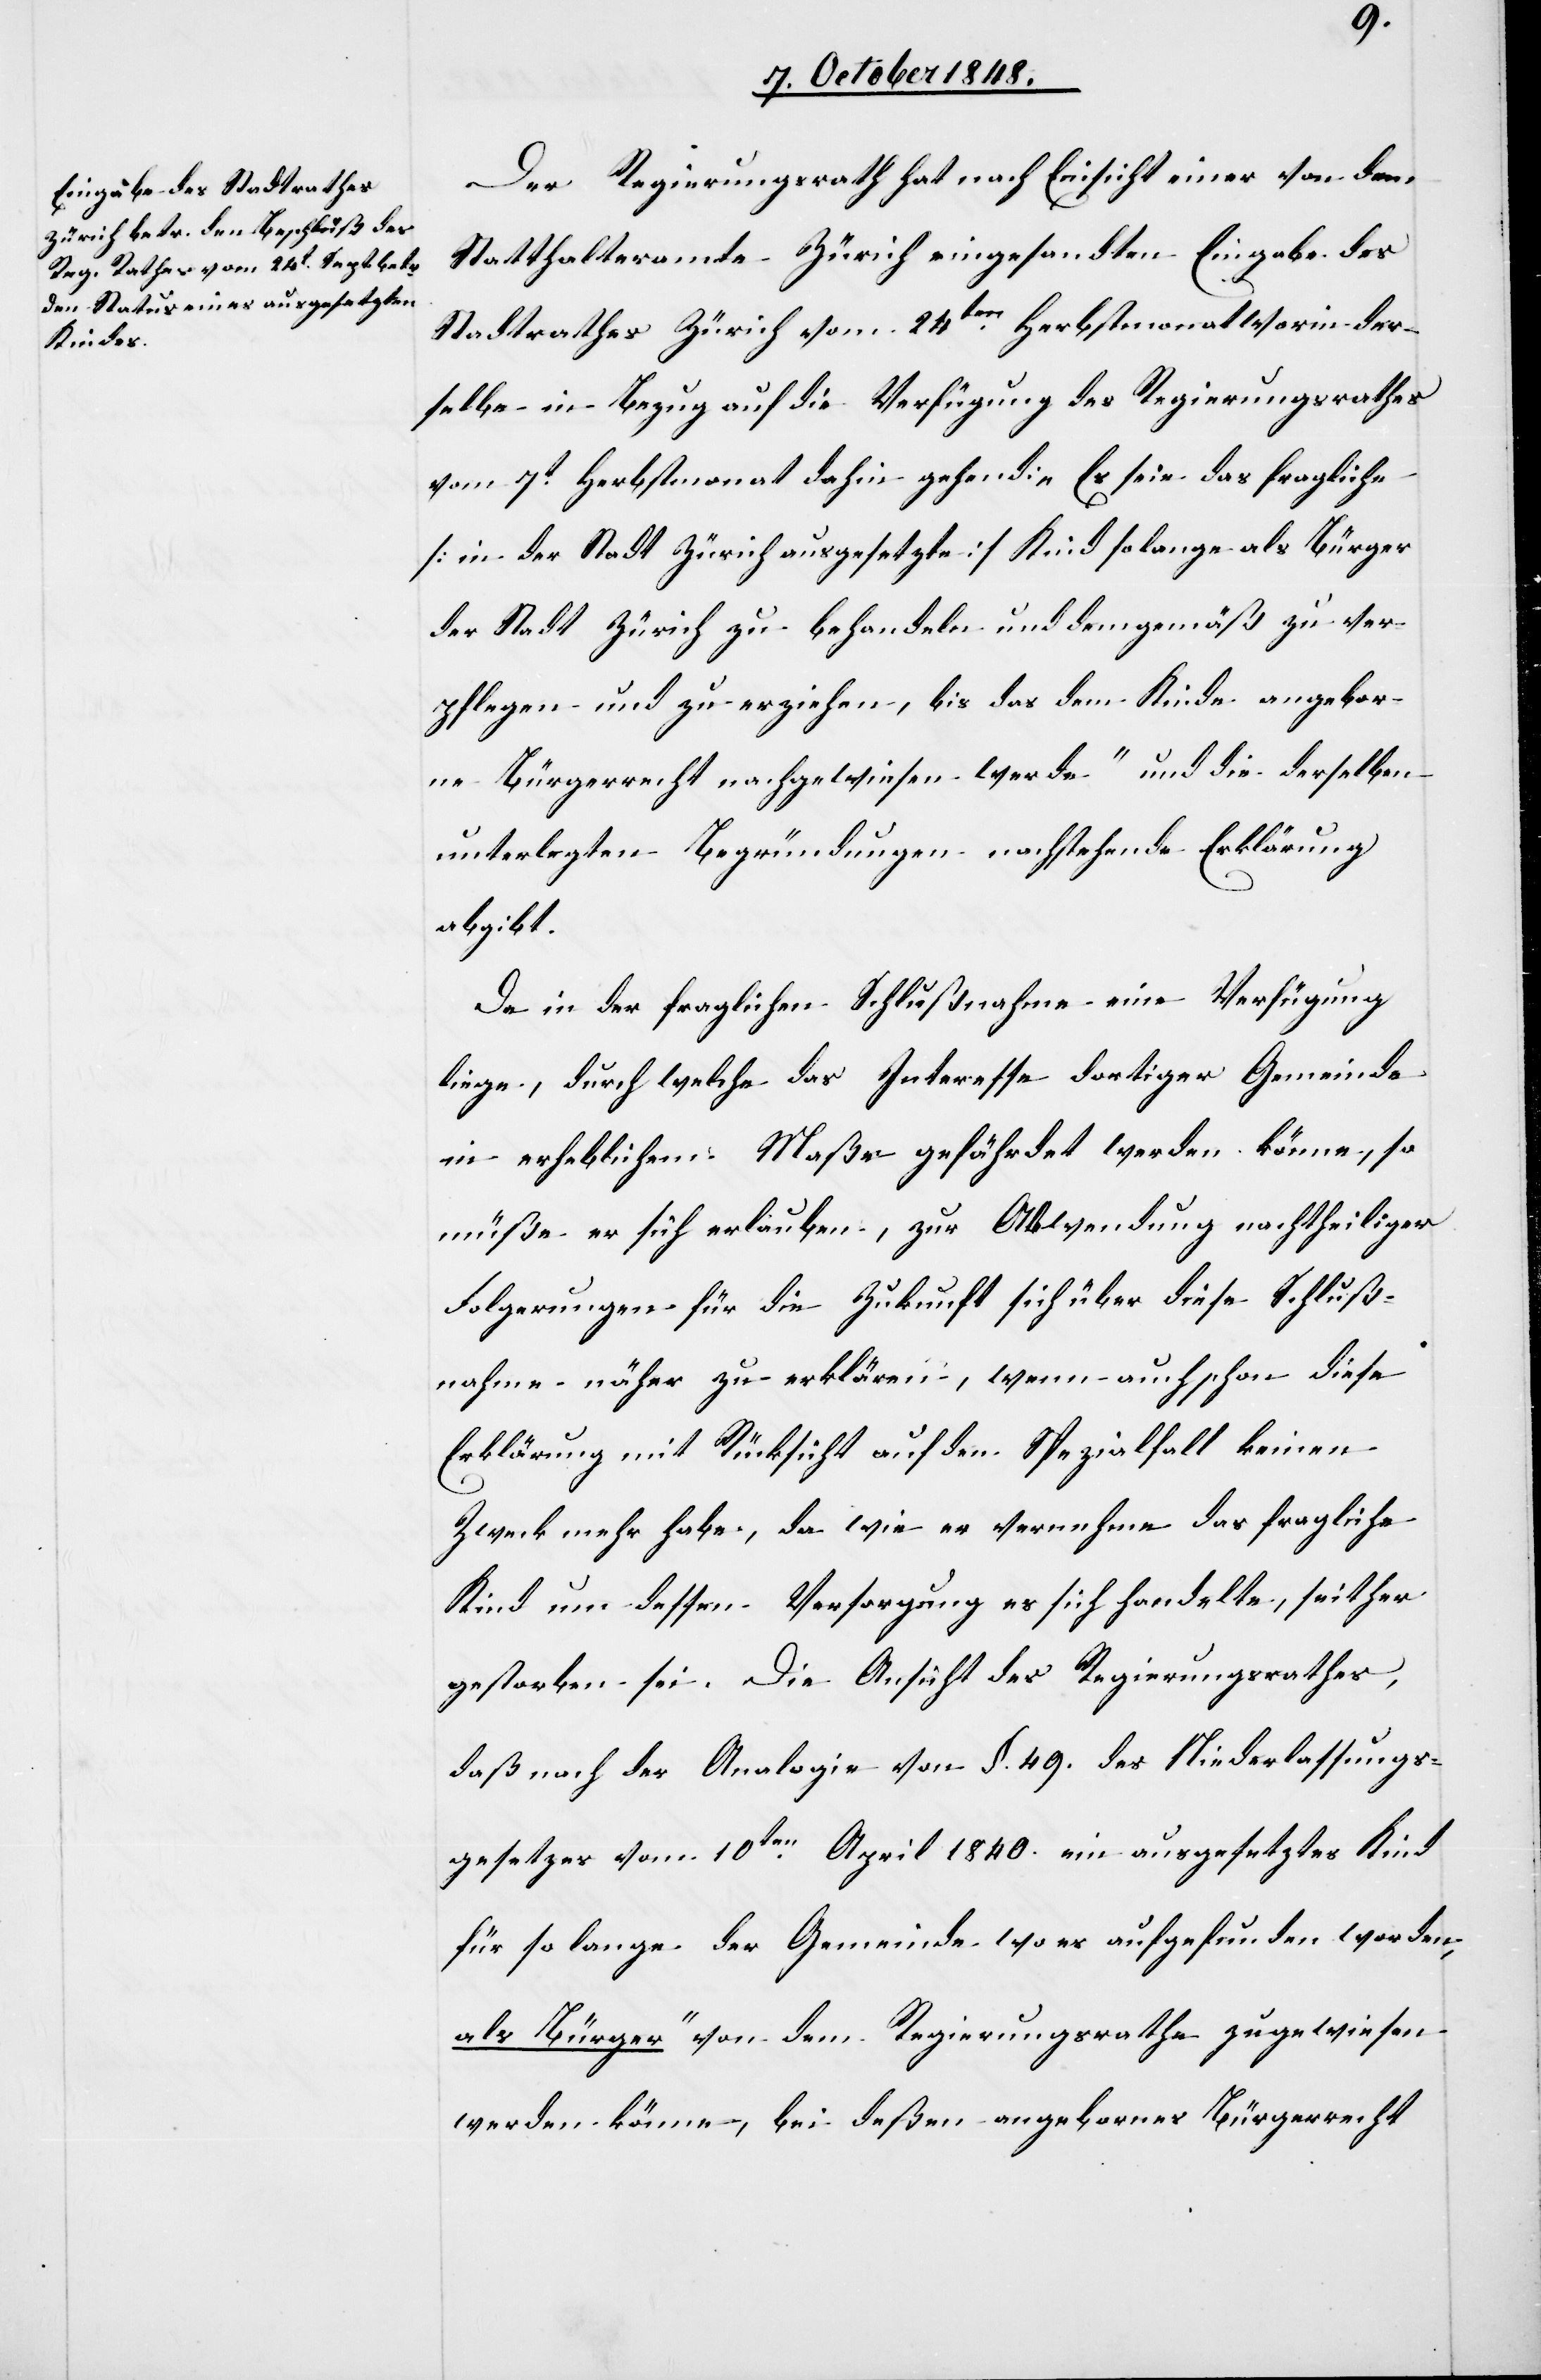
Der Regierungsrath hat nach Einsicht einer von dem
Statthalteramte Zürich eingesandten Eingabe des
Stadtrathes Zürich vom 24ten. Herbstmonat worin der¬
selbe in Bezug auf die Verfügung des Regierungsrathes
vom 7t. Herbstmonat dahin gehend: „Es seie das fragliche
[in der Stadt Zürich ausgesetzte] Kind so lange als Bürger
der Stadt Zürich zu behandeln und demgemäß zu ver¬
pflegen und zu erziehen, bis das dem Kinde angebor¬
ne Bürgerrecht nachgewiesen werde“ und die derselben
unterlegten Begründungen nachstehende Erklärung
abgibt.
Da in der fraglichen Schlußnahme eine Verfügung
liege, durch welche das Interesse dortiger Gemeinde
in erheblichem Maße gefährdet werden könne, so
müße er sich erlauben, zur Abwendung nachtheiliger
Folgerungen für die Zukunft sich über diese Schluß¬
nahme näher zu erklären, wenn auch schon diese
Erklärung mit Rücksicht auf den Spezialfall keinen
Zweck mehr habe, da wie er vernehme das fragliche
Kind um dessen Versorgung es sich handelte, seither
gestorben sei. Die Ansicht des Regierungsrathes,
daß nach der Analogie von §. 49. des Niederlassungs¬
gesetzes vom 10ten. April 1840. ein ausgesetztes Kind
für so lange der Gemeinde wo es aufgefunden worden,
Bürger“ von dem Regierungsrathe zugewiesen
werden könne, bis deßen angebornes Bürgerrecht